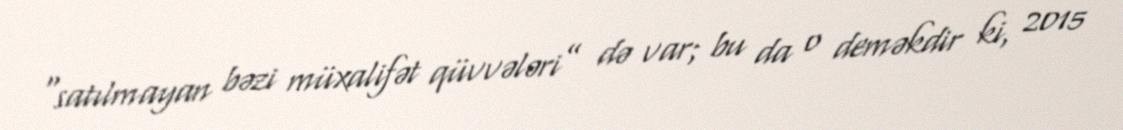
“satılmayan bəzi müxalifət qüvvələri” də var; bu da o deməkdir ki, 2015